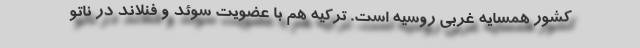
کشور همسایه غربی روسیه است. ترکیه هم با عضویت سوئد و فنلاند در ناتو